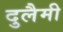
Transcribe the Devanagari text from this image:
दुलैमी